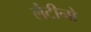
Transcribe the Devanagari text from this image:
लैटीनो